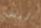
ليس